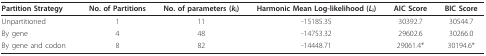
| Partition Strategy | No. of Partitions | No. of parameters (ki) | Harmonic Mean Log-likelihood (Li) | AIC Score | BIC Score |
 | --- | --- | --- | --- | --- | --- |
 | Unpartitioned | 1 | 11 | -15185.35 | 30392.7 | 30544.7 |
 | By gene | 4 | 48 | -14753.32 | 29602.6 | 30266.0 |
 | By gene and codon | 8 | 82 | -14448.71 | 29061.4* | 30194.6* |